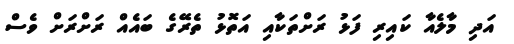
އަދި މާލެއާ ކައިރި ފަޅު ރަށްތަކާއި އަތޮޅު ތެރޭގެ ބައެއް ރަށްރަށް ވެސް